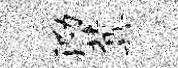
泐冀